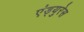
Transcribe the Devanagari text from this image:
एंड्युरेस